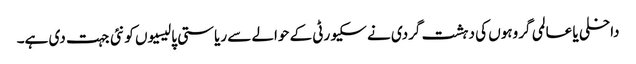
داخلی یا عالمی گروہوں کی دہشت گردی نے سکیورٹی کے حوالے سے ریاستی پالیسیوں کو نئی جہت دی ہے۔